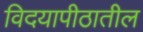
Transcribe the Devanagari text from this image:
विदयापीठातील